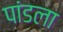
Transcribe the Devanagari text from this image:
पांडला